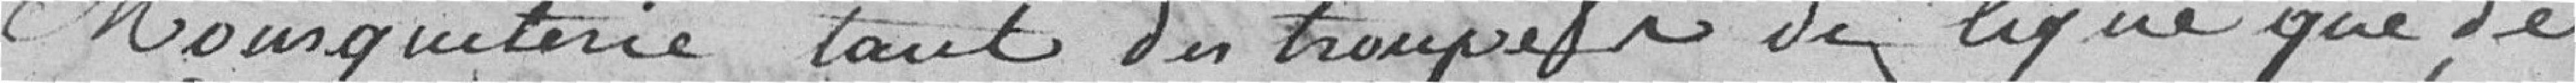
mousqueterie tant des troupes de ligue que de